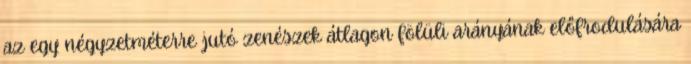
az egy négyzetméterre jutó zenészek átlagon fölüli arányának előfrodulására